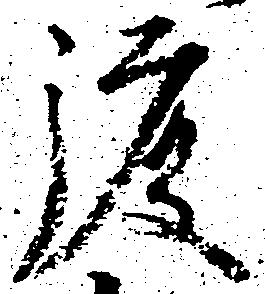
渡